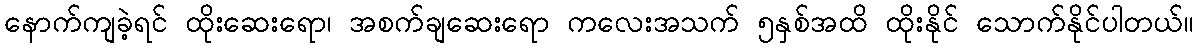
နောက်ကျခဲ့ရင် ထိုးဆေးရော၊ အစက်ချဆေးရော ကလေးအသက် ၅နှစ်အထိ ထိုးနိုင် သောက်နိုင်ပါတယ်။